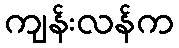
ကျန်းလန်က